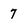
Character: 7